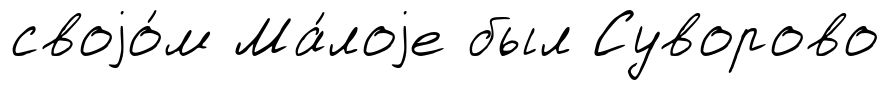
своjо́м Ма́лоjе был Суворово